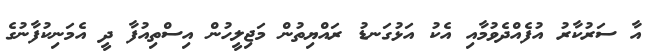
އާ ސަރުކާރު އުފެއްދެވުމާއި އެކު އަޅުގަނޑު ރައްޔިތުން މަޖިލީހުން އިސްތިއުފާ ދީ އެމަނިކުފާނުގެ